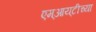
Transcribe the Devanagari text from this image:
एम्‌आय्‌टीच्या